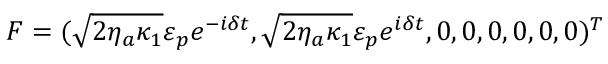
F = ( \sqrt { 2 \eta _ { a } \kappa _ { 1 } } \varepsilon _ { p } e ^ { - i \delta t } , \sqrt { 2 \eta _ { a } \kappa _ { 1 } } \varepsilon _ { p } e ^ { i \delta t } , 0 , 0 , 0 , 0 , 0 , 0 ) ^ { T }